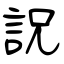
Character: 詋